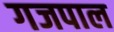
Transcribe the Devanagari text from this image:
गजपाल